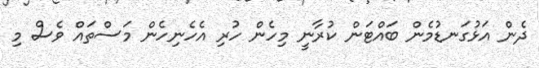
ދެން އަޅުގަނޑުމެން ބައްޓަން ކުރާނީ މިހެން ހުރި އެހެނިހެން މަސްތައް ވެސް މި